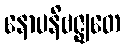
နောပနိဗဇ္ဈတေ